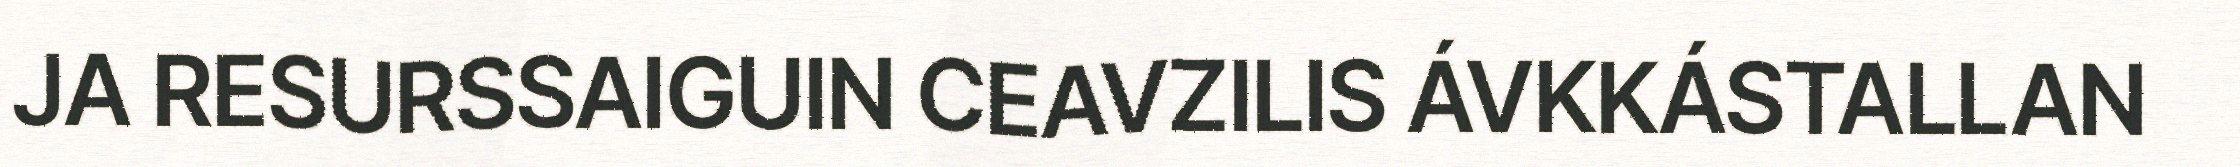
JA RESURSSAIGUIN CEAVZILIS ÁVKKÁSTALLAN